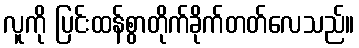
လူကို ပြင်းထန်စွာတိုက်ခိုက်တတ်လေသည်။